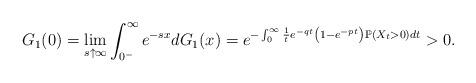
LaTeX: \begin{align*}&G_1(0)=\lim_{s\uparrow \infty}\int_{0^-}^{\infty} e^{-s x}dG_1(x)=e^{-\int_{0}^{\infty}\frac{1}{t}e^{-qt}\left(1-e^{-p t}\right)\mathbb P\left(X_t > 0\right)dt}>0.\end{align*}